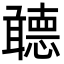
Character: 聼